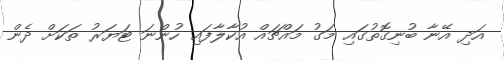
އަދި އޭނާ ބުނިގޮތުގައި މަގު މައްޗައް އުކާލާފައި ހުންނަ ޓަޔަރު ތަކަށް ދެން